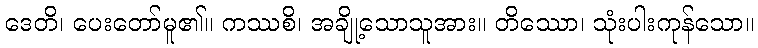
ဒေတိ၊ ပေးတော်မူ၏။ ကဿစိ၊ အချို့သောသူအား။ တိဿော၊ သုံးပါးကုန်သော။